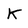
Character: K